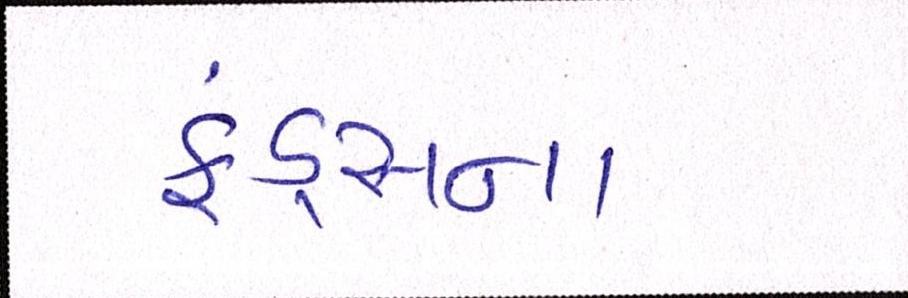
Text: ફંડ્સના